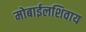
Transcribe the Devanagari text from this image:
मोबाईलशिवाय